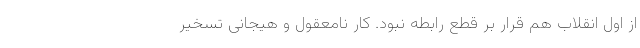
از اول انقلاب هم قرار بر قطع رابطه نبود. کار نامعقول و هیجانی تسخیر